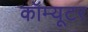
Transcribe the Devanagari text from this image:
कॉम्यूटर